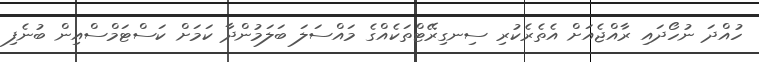
ހުއްދަ ނުހޯދައި ރާއްޖެއަށް އެތެރެކުރި ސިނގިރޭޓްތަކެއްގެ މައްސަލަ ބަލަމުންދާ ކަަމަށް ކަސްޓަމްސްއިން ބުނެފި